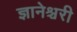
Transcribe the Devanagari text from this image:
ज्ञानेश्चरी